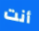
أنت